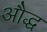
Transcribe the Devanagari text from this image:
औद्ध